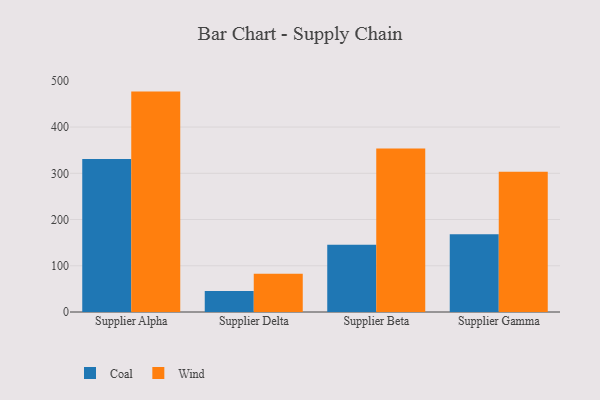
{"axis": {"x": "Supplier", "y": "Population (Million)"}, "legend": ["Coal", "Wind"], "data": [{"x": "Supplier Alpha", "y": 330.8, "type": "Coal"}, {"x": "Supplier Alpha", "y": 476.7, "type": "Wind"}, {"x": "Supplier Delta", "y": 45.4, "type": "Coal"}, {"x": "Supplier Delta", "y": 82.6, "type": "Wind"}, {"x": "Supplier Beta", "y": 145.5, "type": "Coal"}, {"x": "Supplier Beta", "y": 353.6, "type": "Wind"}, {"x": "Supplier Gamma", "y": 168.4, "type": "Coal"}, {"x": "Supplier Gamma", "y": 303.4, "type": "Wind"}]}